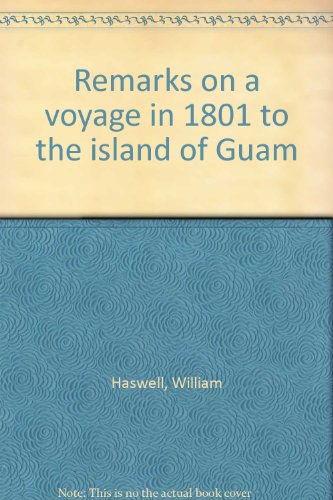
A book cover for Remarks on a voyage in 1801 to the island of Guam; William Haswell; Travel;